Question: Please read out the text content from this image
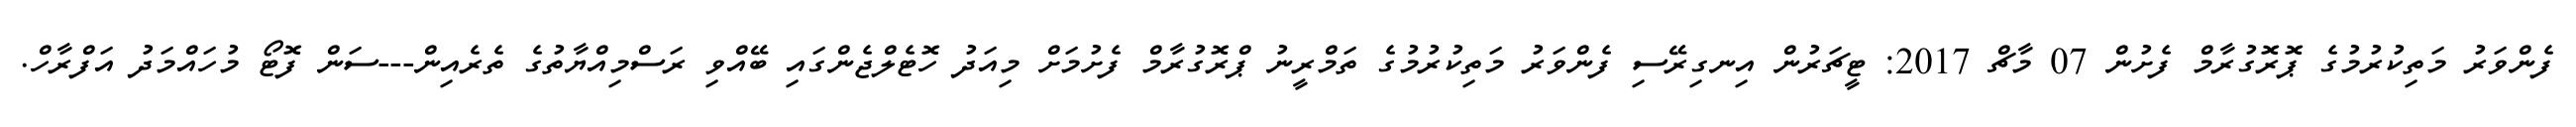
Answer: ފެންވަރު މަތިކުރުމުގެ ޕޮރޮގުރާމް ފެށުން 07 މާޗް 2017: ޓީޗަރުން އިނގިރޭސި ފެންވަރު މަތިކުރުމުގެ ތަމްރީނު ޕްރޮގުރާމް ފެށުމަށް މިއަދު ހޮޓެލްޖެންގައި ބޭއްވި ރަސްމިއްޔާތުގެ ތެރެއިން---ސަން ފޮޓޯ މުހައްމަދު އަފްރާހް.